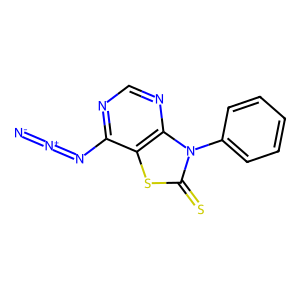
SMILES: [N-]=[N+]=Nc1ncnc2c1sc(=S)n2-c1ccccc1
Inhibits HIV replication: No